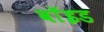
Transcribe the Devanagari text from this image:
वाॅइड